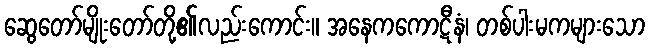
ဆွေတော်မျိုးတော်တို့၏လည်းကောင်း။ အနေကကောဋီနံ၊ တစ်ပါးမကများသော